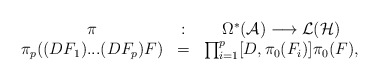
\begin{align*}\begin{array}{ccc} \pi &:& \Omega^*({\cal A}) \longrightarrow {\cal L}({\cal H}) \\ \pi_p((DF_1)...(DF_p)F) &=& \prod_{i=1}^p [D, \pi_0(F_i)] \pi_0(F),\end{array}\end{align*}